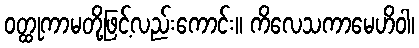
ဝတ္ထုကာမတို့ဖြင့်လည်းကောင်း။ ကိလေသကာမေဟိဝါ၊